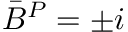
\bar { B } ^ { P } = \pm i